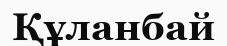
Құланбай